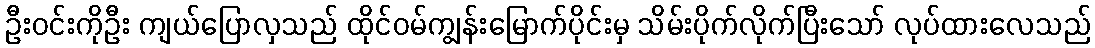
ဦးဝင်းကိုဦး ကျယ်ပြောလှသည် ထိုင်ဝမ်ကျွန်းမြောက်ပိုင်းမှ သိမ်းပိုက်လိုက်ပြီးသော် လုပ်ထားလေသည်